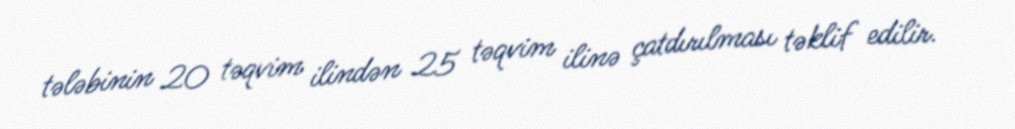
tələbinin 20 təqvim ilindən 25 təqvim ilinə çatdırılması təklif edilir.